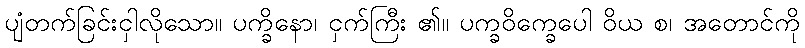
ပျံတက်ခြင်းငှါလိုသော။ ပက္ခိနော၊ ငှက်ကြီး ၏။ ပက္ခဝိက္ခေပေါ ဝိယ စ၊ အတောင်ကို